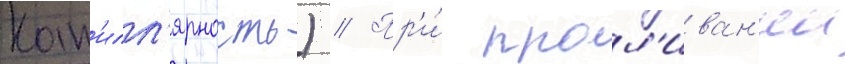
Кап'илл'ярность) // Пр'и́ прол'иван'ии